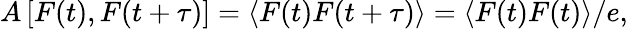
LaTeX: A\left[F(t),F(t+\tau)\right]=\left<F(t)F(t+\tau)\right>=\left<F(t)F(t)\right>/e,